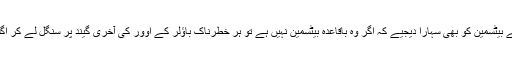
بلکہ ایک سمجھدار اور ذمہ دار بیٹسمین کی طرح دوسرے اینڈ پر موجود اپنے ساتھ کھیلنے والے بیٹسمین کو بھی سہارا دیجیے کہ اگر وہ باقاعدہ بیٹسمین نہیں ہے تو ہر خطرناک باؤلر کے اوور کی آخری گیند پر سنگل لے کر اگلے اوور کو زیادہ سے زیادہ خود کھیلنے کے مواقع بنائیں اور اسے خطرناک باؤلر سے بچائیں۔